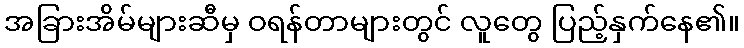
အခြားအိမ်များဆီမှ ဝရန်တာများတွင် လူတွေ ပြည့်နှက်နေ၏။